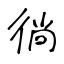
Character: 徜